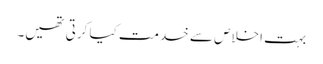
بہت اخلاص سے خدمت کیا کرتی تھیں۔